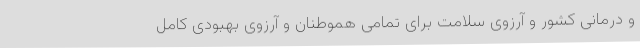
و درمانی کشور و آرزوی سلامت برای تمامی هموطنان و آرزوی بهبودی کامل